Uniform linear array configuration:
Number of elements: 12
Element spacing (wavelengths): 0.5
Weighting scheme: kaiser
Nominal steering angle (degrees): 60
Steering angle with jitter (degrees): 59.347
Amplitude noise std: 0.05
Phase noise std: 0.05

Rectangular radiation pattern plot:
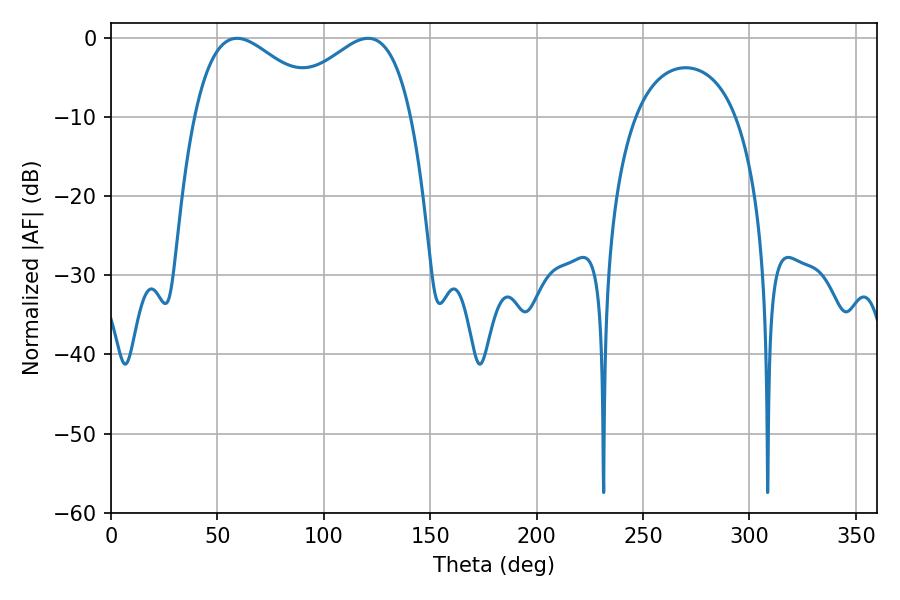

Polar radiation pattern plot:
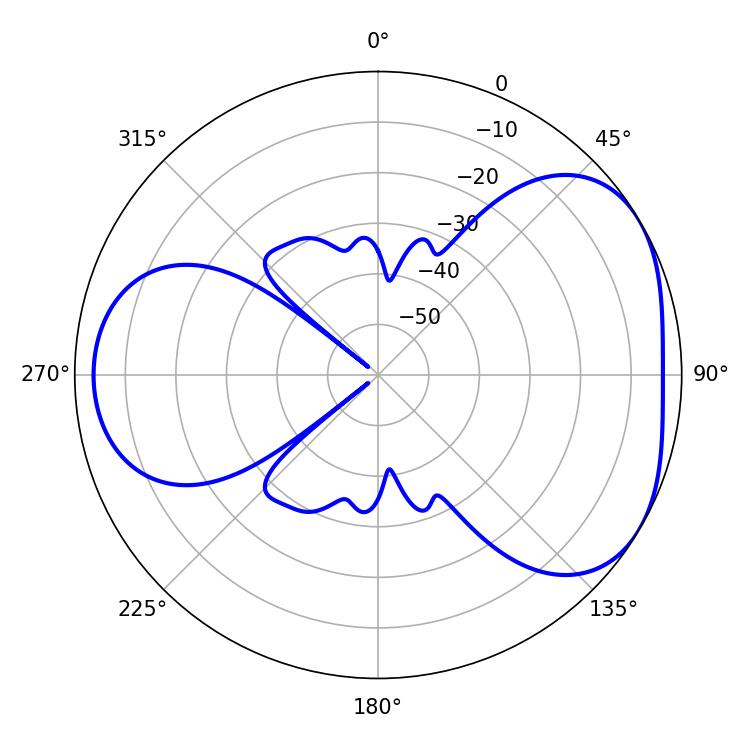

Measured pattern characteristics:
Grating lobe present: FALSE
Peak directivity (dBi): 4.199
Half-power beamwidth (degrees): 33.3
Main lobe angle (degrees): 59.22